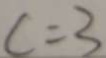
c = 3